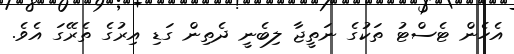
އެހެން ޓެސްޓު ތަކުގެ ނަތީޖާ ލިބެނީ ދެތިން ގަޑި އިރުގެ ތެރޭގަ އެވެ.